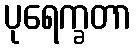
ပုရေက္ခတာ